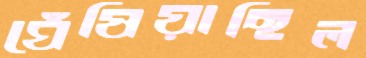
ঘেঁষিয়াছিল